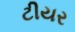
ટીયર